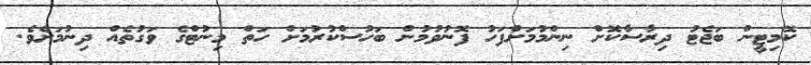
ކޮމިޓީން ބަޖެޓު ދިރާސާކޮށް ނިންމުމަށްފަހު ފޮނުވުމުން ބަހުސްކުރުމަށް ހަތް މިނުޓްގެ ވަގުތެއް ދިނުމަށެވެ.